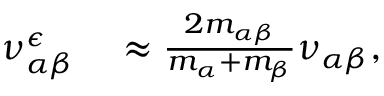
\begin{array} { r l } { \nu _ { \alpha \beta } ^ { \epsilon } } & { { } \approx \frac { 2 m _ { \alpha \beta } } { m _ { \alpha } + m _ { \beta } } \nu _ { \alpha \beta } , } \end{array}